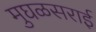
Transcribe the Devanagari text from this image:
मुघळसराई